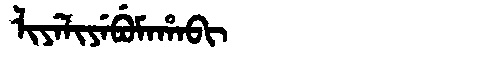
Manchu: ᠯᡳᠶᡝᠯᡳᠶᡝᠪᡠᠮᠠᡥᠠᠪᡳ
Romanization: LIYELIYEBUMAHABI